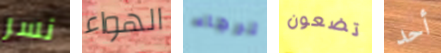
نسر الهواء الرجاء تضعون أحد